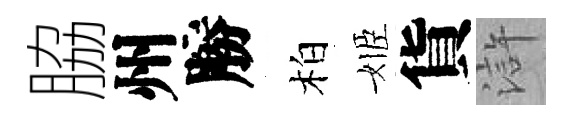
脇州勝柏姬貨滸